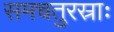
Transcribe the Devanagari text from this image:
समचतुरस्राः